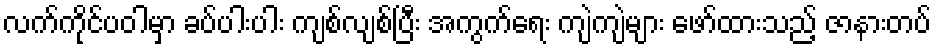
လက်ကိုင်ပဝါမှာ ခပ်ပါးပါး ကျစ်လျစ်ပြီး အကွက်ရေး ကျဲကျဲများ ဖော်ထားသည့် ဇာနားတပ်